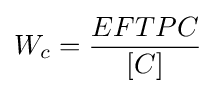
W_{c}={\frac {EFTPC}{[C]}}